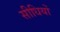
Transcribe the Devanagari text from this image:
सीधियों